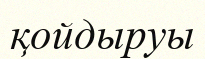
қойдыруы